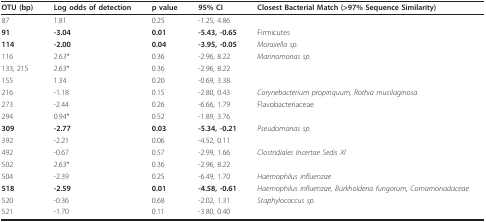
<table><thead><tr><td><b>OTU (bp)</b></td><td><b>Log odds of detection</b></td><td><b>p value</b></td><td><b>95% CI</b></td><td><b>Closest Bacterial Match (&gt;97% Sequence Similarity)</b></td></tr></thead><tbody><tr><td>87</td><td>1.81</td><td>0.25</td><td>-1.25, 4.86</td><td></td></tr><tr><td><b>91</b></td><td><b>-3.04</b></td><td><b>0.01</b></td><td><b>-5.43, -0.65</b></td><td>Firmicutes</td></tr><tr><td><b>114</b></td><td><b>-2.00</b></td><td><b>0.04</b></td><td><b>-3.95, -0.05</b></td><td><i>Moraxella sp.</i></td></tr><tr><td>116</td><td>2.63*</td><td>0.36</td><td>-2.96, 8.22</td><td><i>Marinomonas sp.</i></td></tr><tr><td>133, 215</td><td>2.63*</td><td>0.36</td><td>-2.96, 8.22</td><td></td></tr><tr><td>155</td><td>1.34</td><td>0.20</td><td>-0.69, 3.38</td><td></td></tr><tr><td>216</td><td>-1.18</td><td>0.15</td><td>-2.80, 0.43</td><td><i>Corynebacterium propinquum, Rothia mucilaginosa</i></td></tr><tr><td>273</td><td>-2.44</td><td>0.26</td><td>-6.66, 1.79</td><td>Flavobacteriaceae</td></tr><tr><td>294</td><td>0.94*</td><td>0.52</td><td>-1.89, 3.76</td><td></td></tr><tr><td><b>309</b></td><td><b>-2.77</b></td><td><b>0.03</b></td><td><b>-5.34, -0.21</b></td><td><i>Pseudomonas sp.</i></td></tr><tr><td>392</td><td>-2.21</td><td>0.06</td><td>-4.52, 0.11</td><td></td></tr><tr><td>492</td><td>-0.67</td><td>0.57</td><td>-2.99, 1.66</td><td><i>Clostridiales Incertae Sedis XI</i></td></tr><tr><td>502</td><td>2.63*</td><td>0.36</td><td>-2.96, 8.22</td><td></td></tr><tr><td>504</td><td>-2.39</td><td>0.25</td><td>-6.49, 1.70</td><td><i>Haemophilus influenzae</i></td></tr><tr><td><b>518</b></td><td><b>-2.59</b></td><td><b>0.01</b></td><td><b>-4.58, -0.61</b></td><td><i>Haemophilus influenzae, Burkholderia fungorum, Comamonadaceae</i></td></tr><tr><td>520</td><td>-0.36</td><td>0.68</td><td>-2.02, 1.31</td><td><i>Staphylococcus sp.</i></td></tr><tr><td>521</td><td>-1.70</td><td>0.11</td><td>-3.80, 0.40</td><td></td></tr></tbody></table>